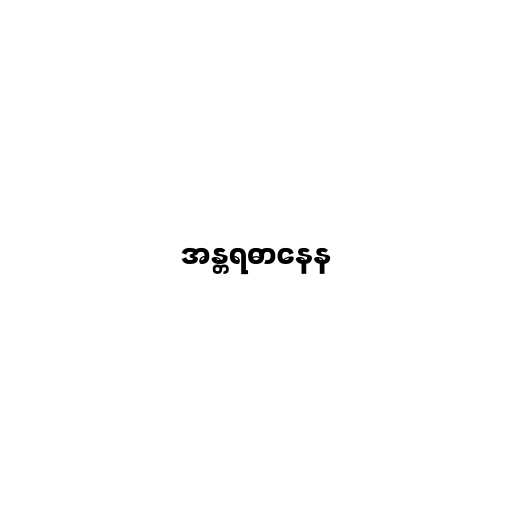
အန္တရဓာနေန